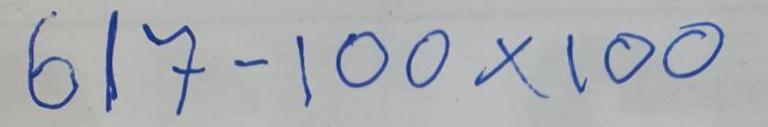
617 - 100 x 100